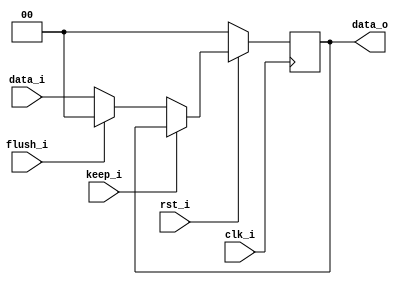
// 109550182
`timescale 1ns / 1ps

module Pipe_Reg( clk_i, rst_i, keep_i, flush_i, data_i, data_o);
					
parameter size = 0;

input   clk_i, rst_i, keep_i, flush_i;
input   [size-1:0] data_i;
output reg  [size-1:0] data_o;
	  
always@(posedge clk_i) begin
    if (~rst_i) data_o <= 0;
    else if (keep_i) data_o <= data_o;
    else if (flush_i) data_o <= 0;
    else data_o <= data_i;
end

endmodule